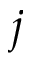
j